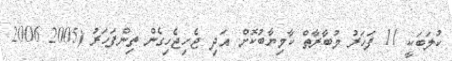
ކުލަބަކީ 11 ފަހަރު މުބާރާތް ކާމިޔާބުކޮށް އަދި ޖެހިޖެހިގެން ތިންފަހަރު (2005 2006